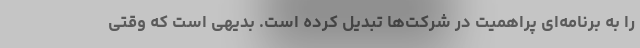
را به برنامه‌ای پراهمیت در شرکت‌ها تبدیل کرده است. بدیهی است که وقتی